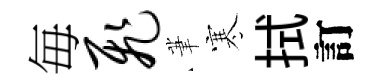
毎飞茟寒拭訂